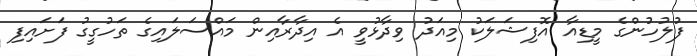
ފުލުހުންގެ މީޑިއާ އޮފިޝަލަކު މިއަދު ވިދާޅުވީ އެ އިދާރާއިން މައްސަލައިގެ ތަހުގީގު ފަށައިފި